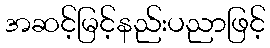
အဆင့်မြင့်နည်းပညာဖြင့်